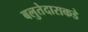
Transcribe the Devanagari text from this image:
बलुतेदाराकडे